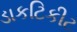
ડાકટિકીટ